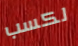
لكسب